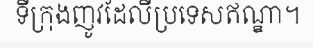
ទីក្រុងញូវដែលីប្រទេសឥណ្ឌា។